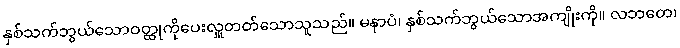
နှစ်သက်ဘွယ်သောဝတ္ထုကိုပေးလှူတတ်သောသူသည်။ မနာပံ၊ နှစ်သက်ဘွယ်သောအကျိုးကို။ လဘတေ၊